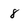
Character: 8